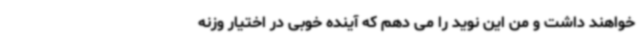
خواهند داشت و من این نوید را می دهم که آینده خوبی در اختیار وزنه